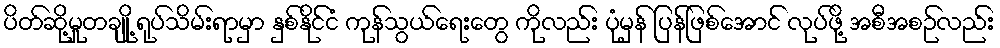
ပိတ်ဆို့မှုတချို့ ရုပ်သိမ်းရာမှာ နှစ်နိုင်ငံ ကုန်သွယ်ရေးတွေ ကိုလည်း ပုံမှန် ပြန်ဖြစ်အောင် လုပ်ဖို့ အစီအစဉ်လည်း